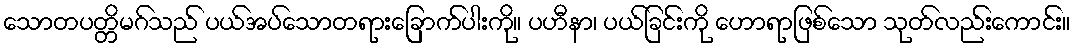
သောတပတ္တိမဂ်သည် ပယ်အပ်သောတရားခြောက်ပါးကို။ ပဟီနာ၊ ပယ်ခြင်းကို ဟောရာဖြစ်သော သုတ်လည်းကောင်း။